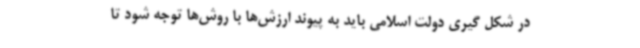
در شکل گیری دولت اسلامی باید به پیوند ارزش‌ها با روش‌ها توجه شود تا